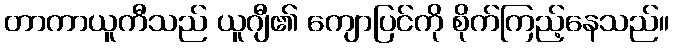
တာကာယူကီသည် ယူဂျီ၏ ကျောပြင်ကို စိုက်ကြည့်နေသည်။